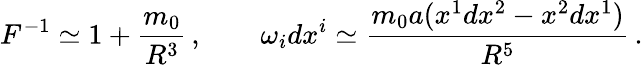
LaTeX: F^{-1}\simeq 1+{\frac{m_{0}}{R^{3}}}\, ,\qquad\omega_{i}dx^{i}\simeq{\frac{m_{0}a(x^{1}dx^{2}-x^{2}dx^{1})}{R^{5}}}\, .